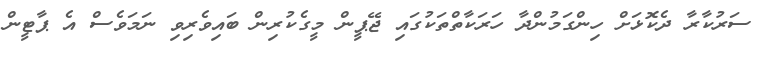
ސަރުކާރާ ދެކޮޅަށް ހިންގަމުންދާ ހަރަކާތްތަކުގައި ޖޭޕީން މީގެކުރިން ބައިވެރިވި ނަމަވެސް އެ ޕާޓީން